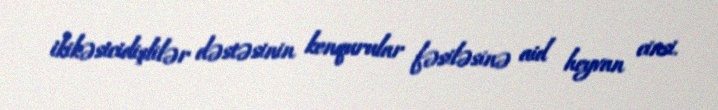
i̇kikəsicidişlilər dəstəsinin kenqurular fəsiləsinə aid heyvan cinsi.